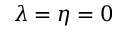
\lambda = \eta = 0